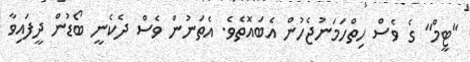
"ޓީމް" ގެ ވެސް ހިތްހަމަނުޖެހުން އެބައޮތެވެ. އެތަނުން ވެސް ދެކެނީ ބޯޑުން ދީފައިވާ